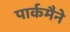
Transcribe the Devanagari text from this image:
पार्कमैने